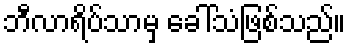
ဘီလာရိပ်သာမှ ခေါ်သံဖြစ်သည်။